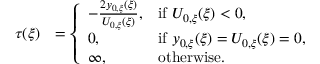
\begin{array} { r l } { \tau ( \xi ) } & { = \left\{ \begin{array} { l l } { - \frac { 2 y _ { 0 , \xi } ( \xi ) } { U _ { 0 , \xi } ( \xi ) } , } & { \mathrm { i f ~ } U _ { 0 , \xi } ( \xi ) < 0 , } \\ { 0 , } & { \mathrm { i f ~ } y _ { 0 , \xi } ( \xi ) = U _ { 0 , \xi } ( \xi ) = 0 , } \\ { \infty , } & { \mathrm { o t h e r w i s e } . } \end{array} \right. } \end{array}